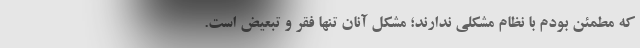
که مطمئن بودم با نظام مشکلی ندارند؛ مشکل آنان تنها فقر و تبعیض است.